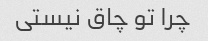
چرا تو چاق نیستی